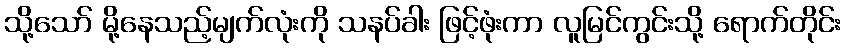
သို့သော် မို့နေသည့်မျက်လုံးကို သနပ်ခါး ဖြင့်ဖုံးကာ လူမြင်ကွင်းသို့ ရောက်တိုင်း